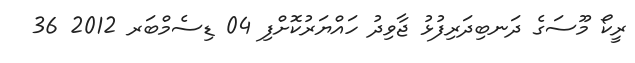
ރީކޯ މޫސަގެ ދަނބިދަރިފުޅު ޖާވިދު ހައްޔަރުކޮށްފި 04 ޑިސެމްބަރ 2012 36